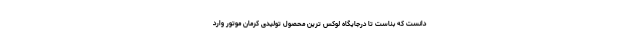
دانست که بناست تا درجایگاه لوکس ترین محصول تولیدی کرمان موتور وارد